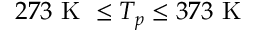
2 7 3 \mathrm { ~ K ~ } \leq T _ { p } \leq 3 7 3 \mathrm { ~ K ~ }